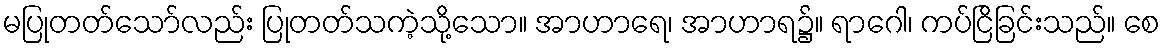
မပြုတတ်သော်လည်း ပြုတတ်သကဲ့သို့သော။ အာဟာရေ၊ အာဟာရ၌။ ရာဂေါ၊ ကပ်ငြိခြင်းသည်။ စေ